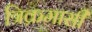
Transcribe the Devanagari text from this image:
त्रिक्रमासी